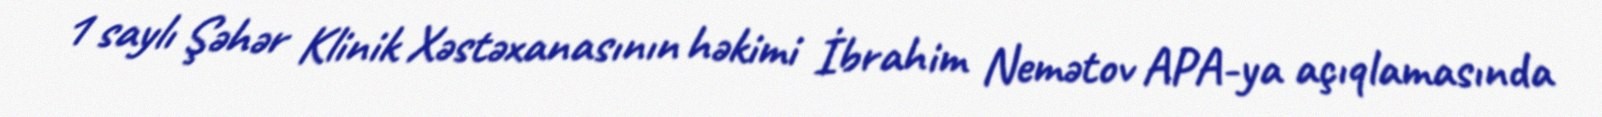
1 saylı Şəhər Klinik Xəstəxanasının həkimi İbrahim Nemətov APA-ya açıqlamasında